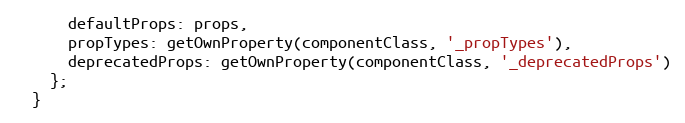
Language: JavaScript
      defaultProps: props,
      propTypes: getOwnProperty(componentClass, '_propTypes'),
      deprecatedProps: getOwnProperty(componentClass, '_deprecatedProps')
    };
  }